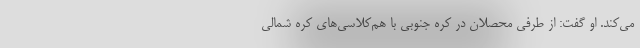
می‌کند. او گفت: از طرفی محصلان در کره جنوبی با هم‌کلاسی‌های کره شمالی